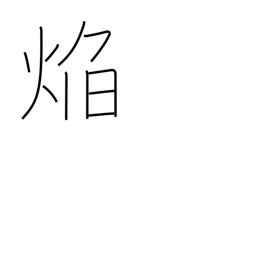
Meaning: flame